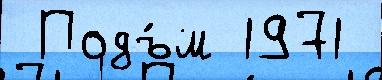
 Подъ́м 1971